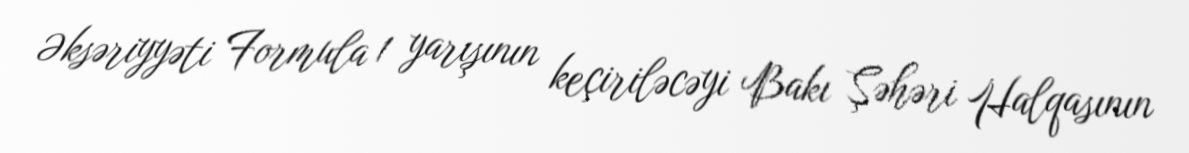
Əksəriyyəti Formula 1 yarışının keçiriləcəyi Bakı Şəhəri Halqasının